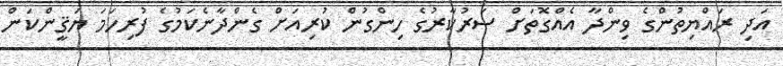
އަދި ރައްޔިތުންގެ ވިންދާ އެއްގޮތަށް ސަރުކާރުގެ ހިންގުން ކުރިއަށް ގެންދާނެކަމުގެ ފުރިހަމަ ޔަޤީންކަން